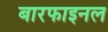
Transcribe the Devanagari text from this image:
बारफाइनल